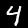
Label: 4